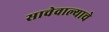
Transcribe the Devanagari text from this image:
साचेवाल्याचे